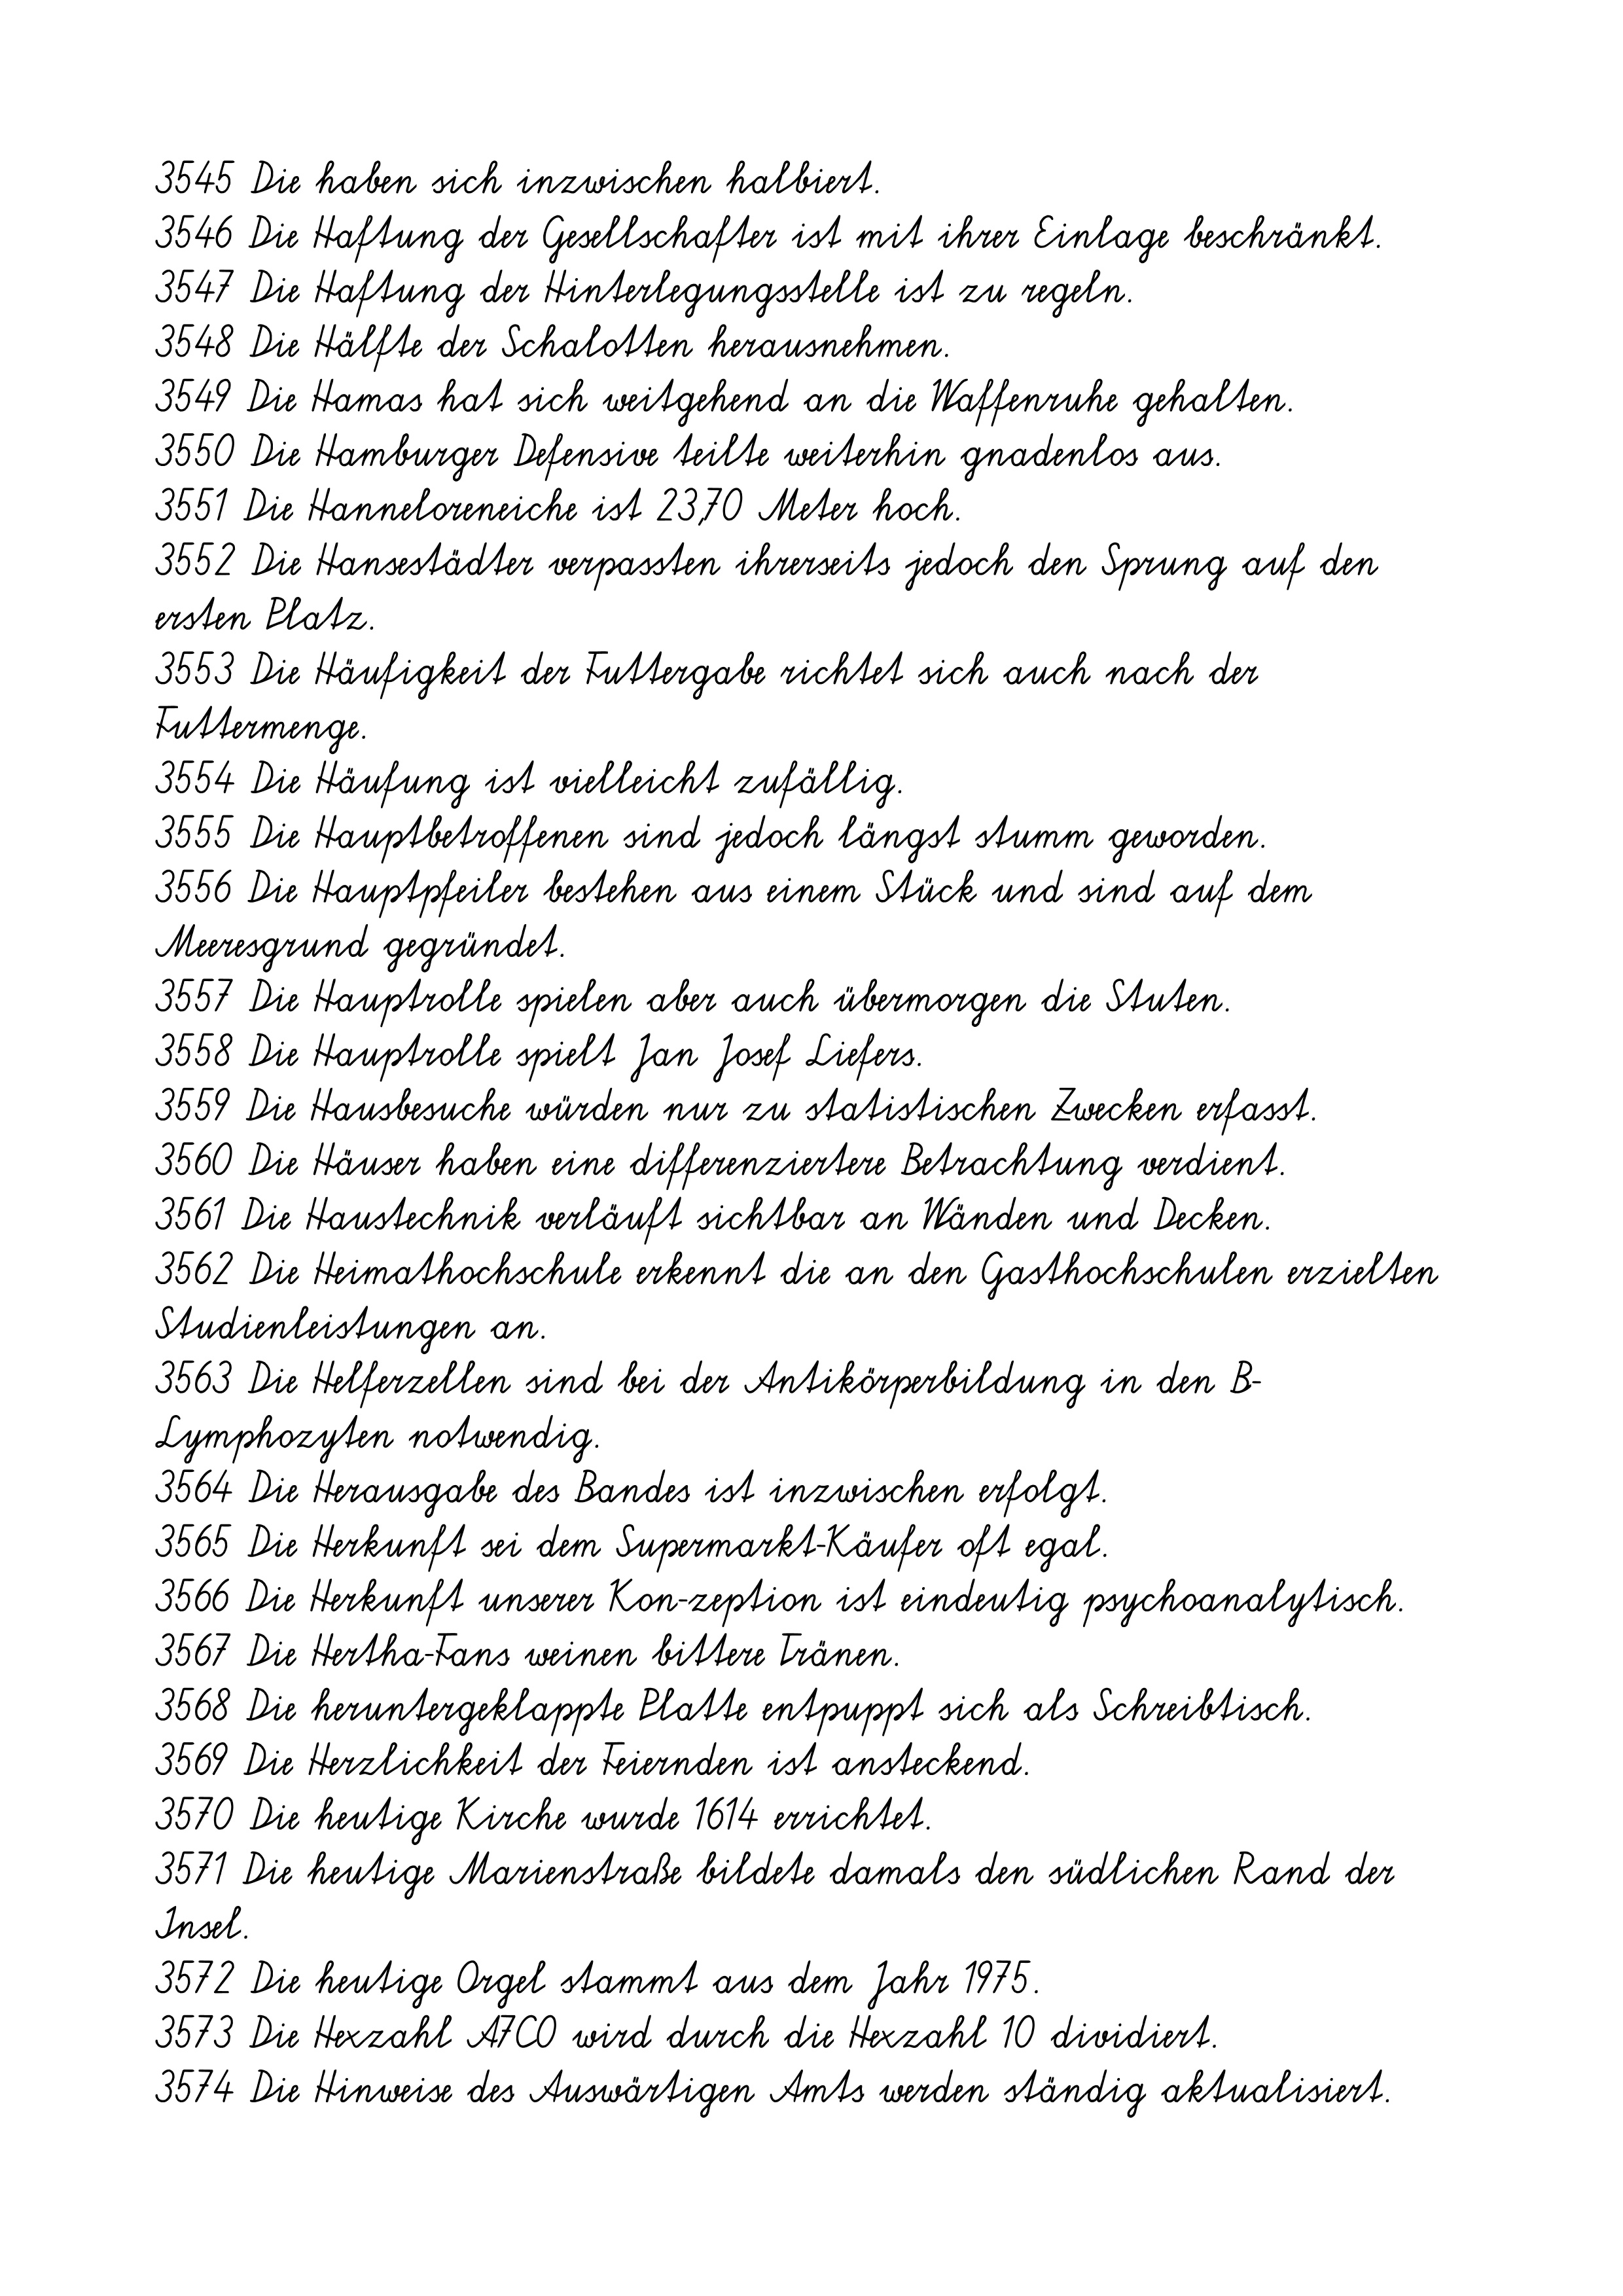
3545 Die haben sich inzwischen halbiert.
3546 Die Haftung der Gesellschafter ist mit ihrer Einlage beschränkt.
3547 Die Haftung der Hinterlegungsstelle ist zu regeln.
3548 Die Hälfte der Schalotten herausnehmen.
3549 Die Hamas hat sich weitgehend an die Waffenruhe gehalten.
3550 Die Hamburger Defensive teilte weiterhin gnadenlos aus.
3551 Die Hanneloreneiche ist 23,70 Meter hoch.
3552 Die Hansestädter verpassten ihrerseits jedoch den Sprung auf den
ersten Platz.
3553 Die Häufigkeit der Futtergabe richtet sich auch nach der
Futtermenge.
3554 Die Häufung ist vielleicht zufällig.
3555 Die Hauptbetroffenen sind jedoch längst stumm geworden.
3556 Die Hauptpfeiler bestehen aus einem Stück und sind auf dem
Meeresgrund gegründet.
3557 Die Hauptrolle spielen aber auch übermorgen die Stuten.
3558 Die Hauptrolle spielt Jan Josef Liefers.
3559 Die Hausbesuche würden nur zu statistischen Zwecken erfasst.
3560 Die Häuser haben eine differenziertere Betrachtung verdient.
3561 Die Haustechnik verläuft sichtbar an Wänden und Decken.
3562 Die Heimathochschule erkennt die an den Gasthochschulen erzielten
Studienleistungen an.
3563 Die Helferzellen sind bei der Antikörperbildung in den B-
Lymphozyten notwendig.
3564 Die Herausgabe des Bandes ist inzwischen erfolgt.
3565 Die Herkunft sei dem Supermarkt-Käufer oft egal.
3566 Die Herkunft unserer Kon-zeption ist eindeutig psychoanalytisch.
3567 Die Hertha-Fans weinen bittere Tränen.
3568 Die heruntergeklappte Platte entpuppt sich als Schreibtisch.
3569 Die Herzlichkeit der Feiernden ist ansteckend.
3570 Die heutige Kirche wurde 1614 errichtet.
3571 Die heutige Marienstraße bildete damals den südlichen Rand der
Insel.
3572 Die heutige Orgel stammt aus dem Jahr 1975.
3573 Die Hexzahl A7C0 wird durch die Hexzahl 10 dividiert.
3574 Die Hinweise des Auswärtigen Amts werden ständig aktualisiert.